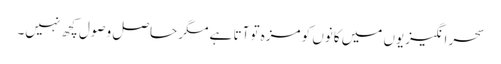
سحر انگیزیوں میں کانوں کو مزہ تو آتا ہے مگر حاصل وصول کچھ نہیں۔